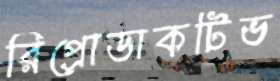
রিপ্রোডাকটিভ